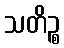
သတိဉ္စ